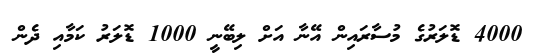
4000 ޑޮލަރުގެ މުސާރައިން އޭނާ އަށް ލިބޭނީ 1000 ޑޮލަރު ކަމާއި ދެން